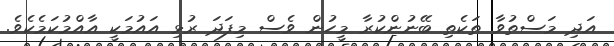
އަދި މަސްތުވާ ތަކެތި ބޭނުންކުރާ މީހުން ވެސް މިފަދަ ރުޅި އައުމަކީ އާއްމުކަމެކެވެ.